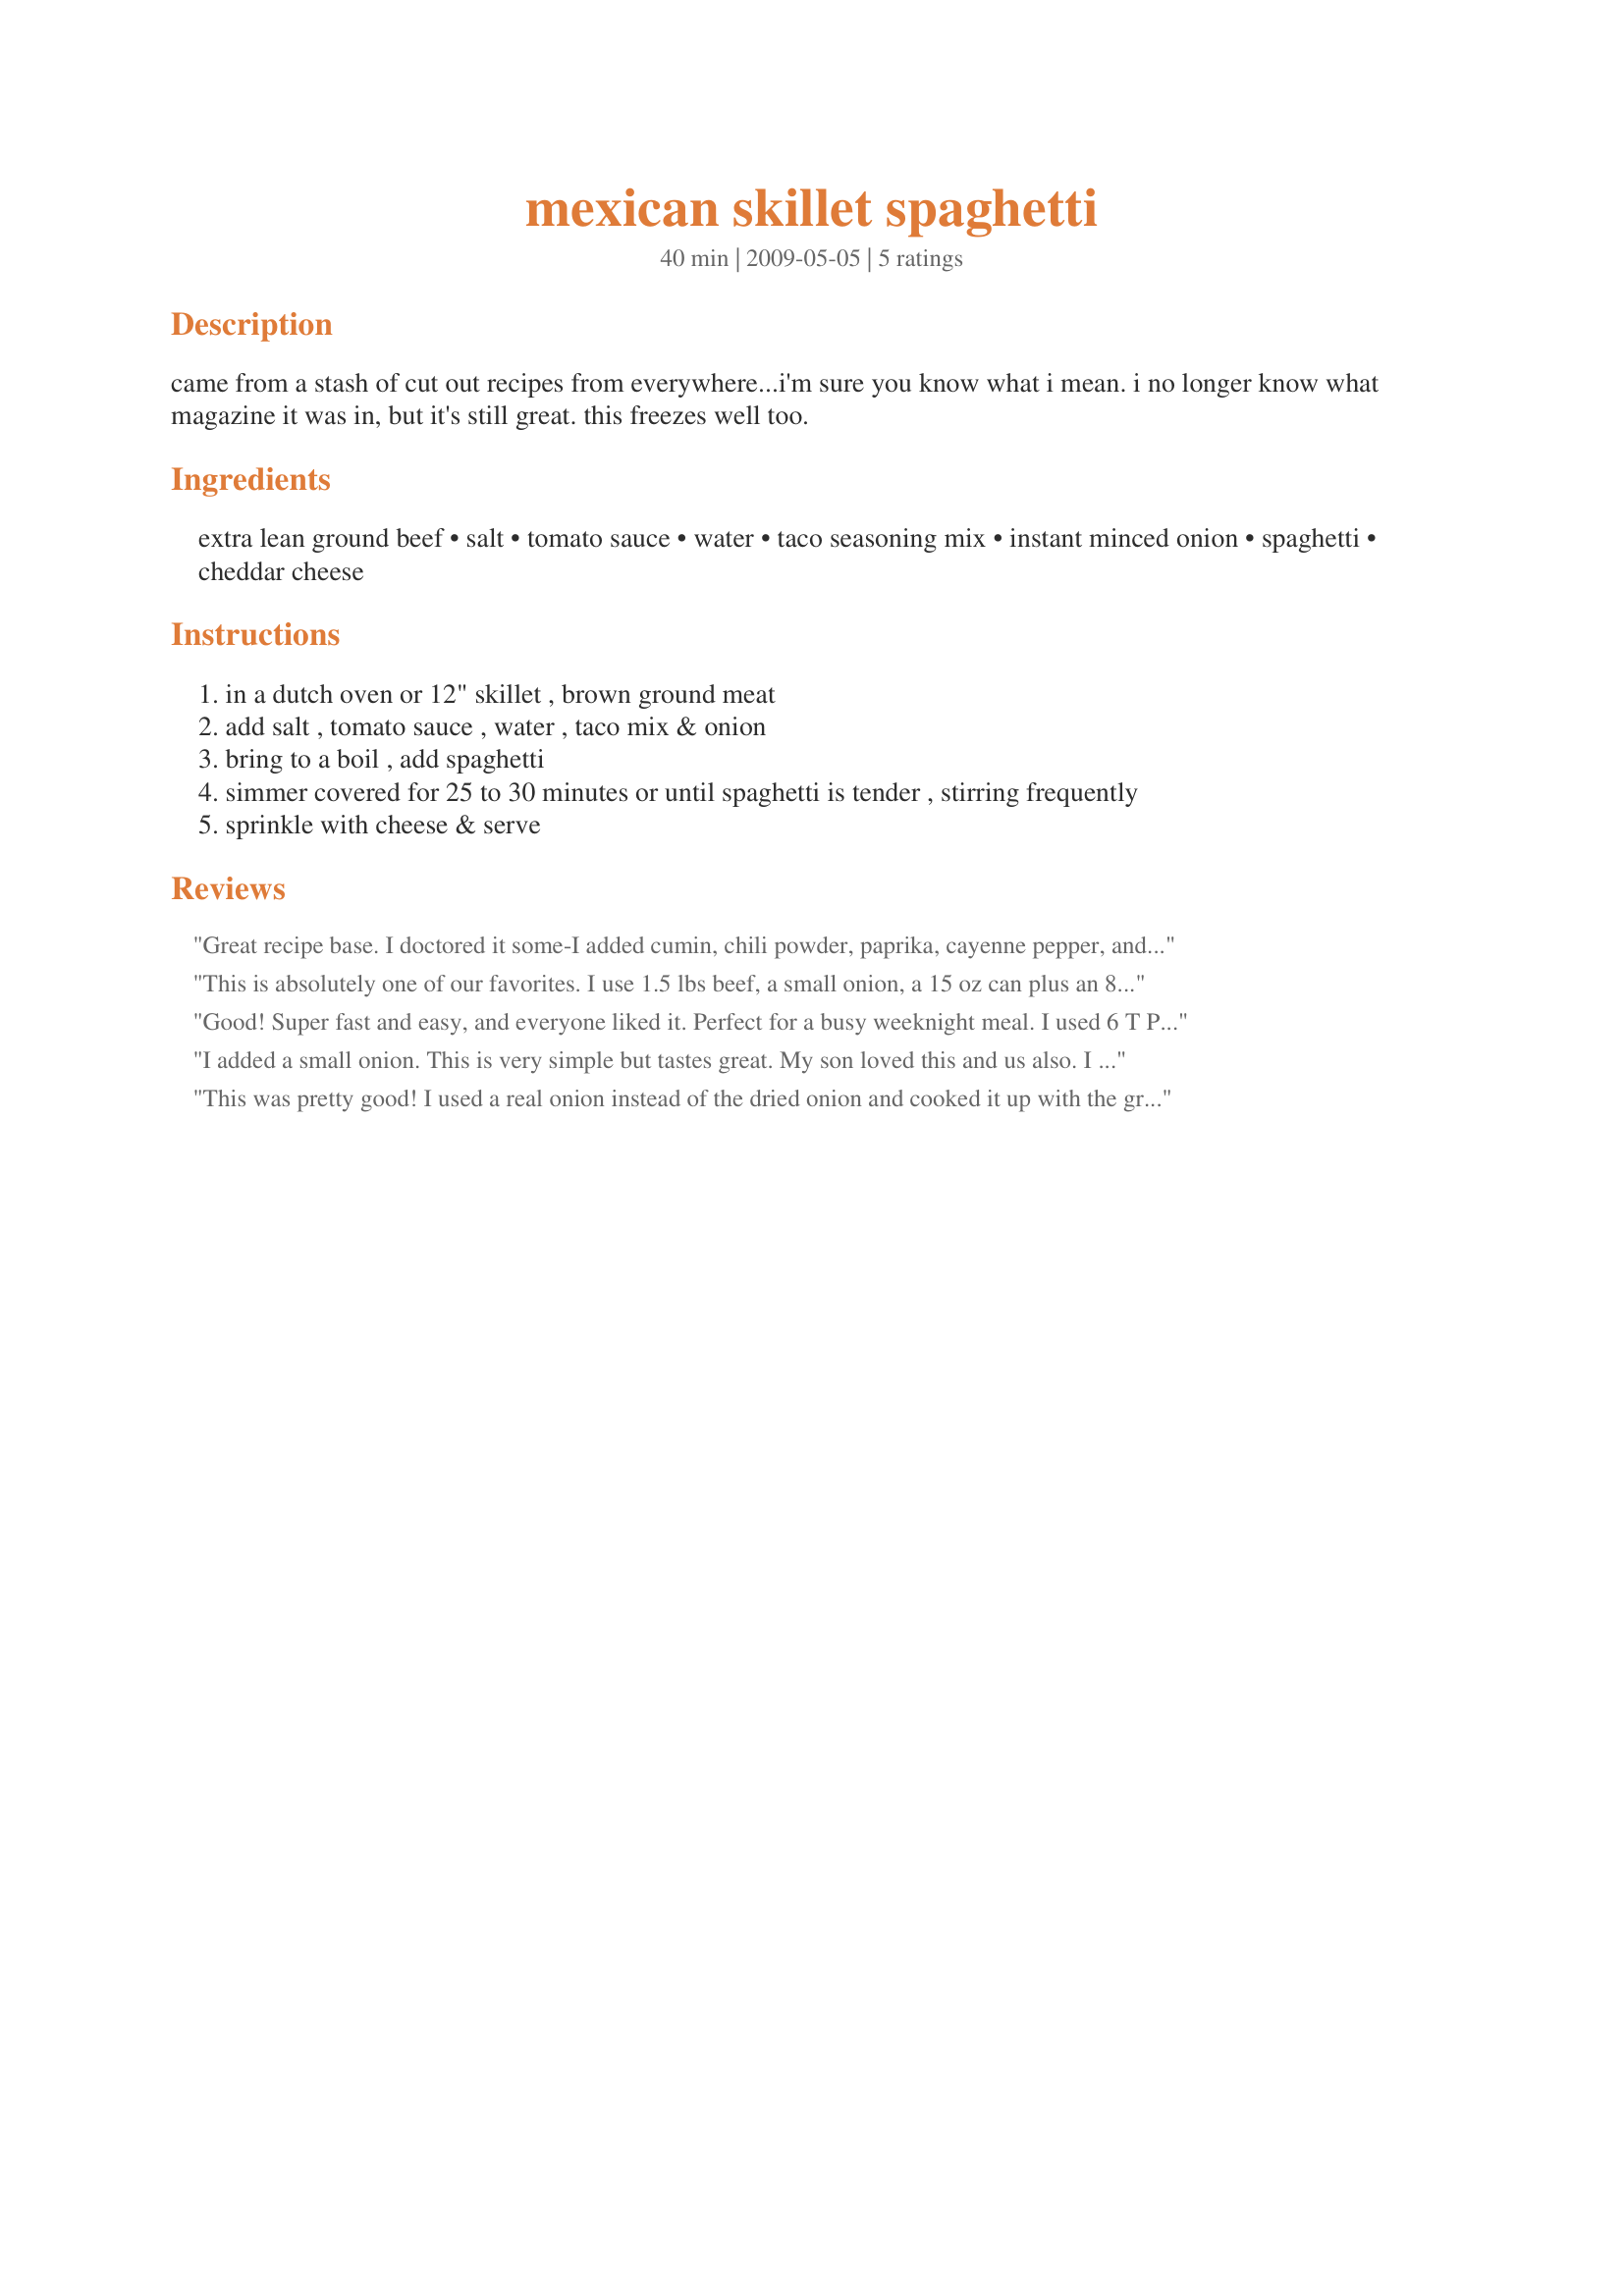
mexican skillet spaghetti
Preparation time: 40 minutes

came from a stash of cut out recipes from everywhere...i'm sure you know what i mean. i no longer know what magazine it was in, but it's still great. this freezes well too.

Ingredients:
extra lean ground beef, salt, tomato sauce, water, taco seasoning mix, instant minced onion, spaghetti, cheddar cheese

Steps:
in a dutch oven or 12" skillet , brown ground meat
add salt , tomato sauce , water , taco mix & onion
bring to a boil , add spaghetti
simmer covered for 25 to 30 minutes or until spaghetti is tender , stirring frequently
sprinkle with cheese & serve

Reviews:
Great recipe base. I doctored it some-I added cumin, chili powder, paprika, cayenne pepper, and diced fresh jalapenos. Thank you!
This is absolutely one of our favorites. I use 1.5 lbs beef, a small onion, a 15 oz can plus an 8 oz can of tomato sauce, 12 oz spaghetti and 7 cups of water. Make in a large electric skillet. Good on first night, better the next day. Other than adding fresh onion vs dehydated, everything is perfect. We also use extra cheese for our liking.
Good! Super fast and easy, and everyone liked it. Perfect for a busy weeknight meal. I used 6 T Penzeys taco seasoning, but you could always mix your own. Thanks for sharing the recipe!
I added a small onion. This is very simple but tastes great. My son loved this and us also. I like that it's made only in one dish. Thanks Jackie. Made for the Saucy Senoritas of ZWT5
This was pretty good! I used a real onion instead of the dried onion and cooked it up with the ground beef. I also added a pinch of chili peppers, garlic, oregano and cumin. This dish was very easy to make, especially since the noodles are cooked right in the sauce. I originally thought it would be too salty but I decided to make it as written anyway and it turned out fine, although for those who don't like much salt I would recommend omitting the 1/2 tsp of salt since the taco seasoning is pretty salty to begin with. Made for ZWT-5.
